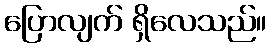
ပြောလျက် ရှိလေသည်။